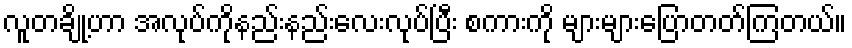
လူတချို့ဟာ အလုပ်ကိုနည်းနည်းလေးလုပ်ပြီး စကားကို များများပြောတတ်ကြတယ်။